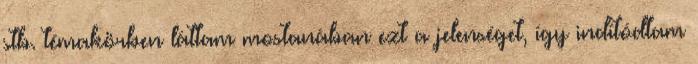
stb. témakörben láttam mostanában ezt a jelenséget, így indítódtam